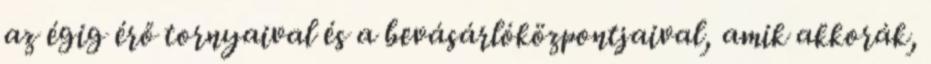
az égig érő tornyaival és a bevásárlóközpontjaival, amik akkorák,